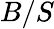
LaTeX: B/S